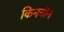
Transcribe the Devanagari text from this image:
किनवॉन